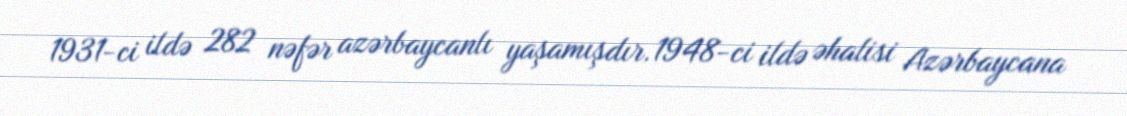
1931-ci ildə 282 nəfər azərbaycanlı yaşamışdır.1948-ci ildə əhalisi Azərbaycana